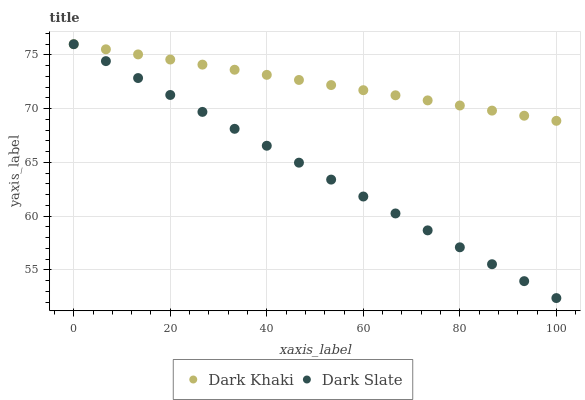
| xaxis_label | Dark Khaki | Dark Slate |
 | --- | --- | --- |
 | 0 | 76 | 76 |
 | 6.67 | 75.5 | 74.4 |
 | 13.3 | 75 | 72.9 |
 | 20 | 74.6 | 71.3 |
 | 26.7 | 74.1 | 69.7 |
 | 33.3 | 73.6 | 68.1 |
 | 40 | 73.1 | 66.6 |
 | 46.7 | 72.7 | 65 |
 | 53.3 | 72.2 | 63.4 |
 | 60 | 71.7 | 61.8 |
 | 66.7 | 71.2 | 60.3 |
 | 73.3 | 70.8 | 58.7 |
 | 80 | 70.3 | 57.1 |
 | 86.7 | 69.8 | 55.5 |
 | 93.3 | 69.3 | 54 |
 | 100 | 68.9 | 52.4 |